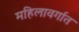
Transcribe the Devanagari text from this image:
महिलावर्गात